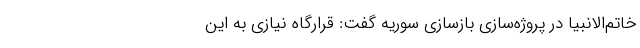
خاتم‌الانبیا در پروژه‌سازی بازسازی سوریه گفت: قرارگاه نیازی به این